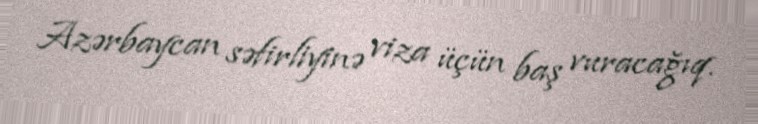
Azərbaycan səfirliyinə viza üçün baş vuracağıq.